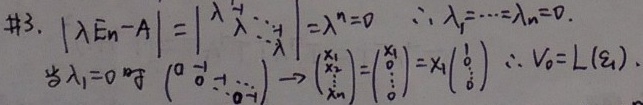
\(\#3.\ \left|\lambda E_n - A\right|=\begin{vmatrix}\lambda & & \\ & \ddots & \\ & & \lambda\end{vmatrix}=\lambda^n = 0\)，\(\therefore\lambda_1=\cdots=\lambda_n = 0\)。当\(\lambda_1 = 0\)时，
\(\begin{pmatrix}0 & 1 & & \\ & 0 & \ddots & \\ & & \ddots & 1\\ & & & 0\end{pmatrix}\begin{pmatrix}x_1 \\ x_2 \\ \vdots \\ x_n\end{pmatrix}=\begin{pmatrix}x_1 \\ 0 \\ \vdots \\ 0\end{pmatrix}=x_1\begin{pmatrix}1 \\ 0 \\ \vdots \\ 0\end{pmatrix}\)，\(\therefore V_0 = L(\varepsilon_1)\)。